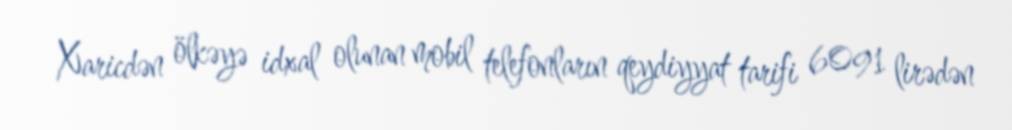
Xaricdən ölkəyə idxal olunan mobil telefonların qeydiyyat tarifi 6091 lirədən